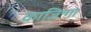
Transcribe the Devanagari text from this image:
काज़िन्गा